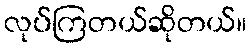
လုပ်ကြတယ်ဆိုတယ်။